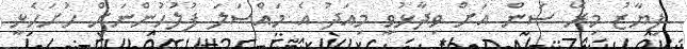
ފިޔާޒު މިރޭ ސަން އަށް ވިދާޅުވީ މިއަދު އެ މައްސަލަ ފުލުހުންނަށް ހުށަހެޅީ